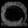
Digit: ၀